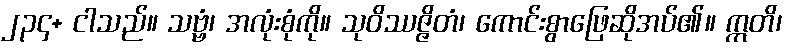
၂၃၄+ ငါသည်။ သဗ္ဗံ၊ အလုံးစုံကို။ သုဝိဿဇ္ဇိတံ၊ ကောင်းစွာဖြေဆိုအပ်၏။ ဣတိ၊